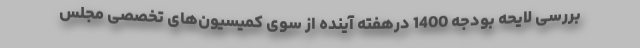
بررسی لایحه بودجه 1400 درهفته آینده از سوی کمیسیون‌های تخصصی مجلس